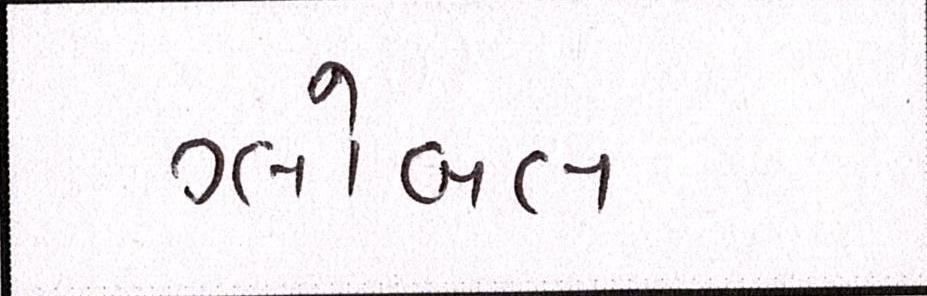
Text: ગ્લોબલ